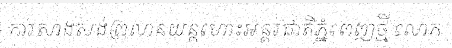
ការសាងសង់ព្រលានយន្តហោះអន្តរជាតិភ្នំពេញថ្មី លោក